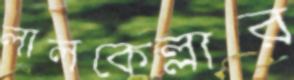
লালকেল্লার